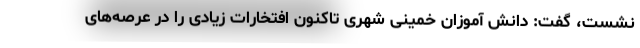
نشست، گفت: دانش آموزان خمینی شهری تاکنون افتخارات زیادی را در عرصه‌های